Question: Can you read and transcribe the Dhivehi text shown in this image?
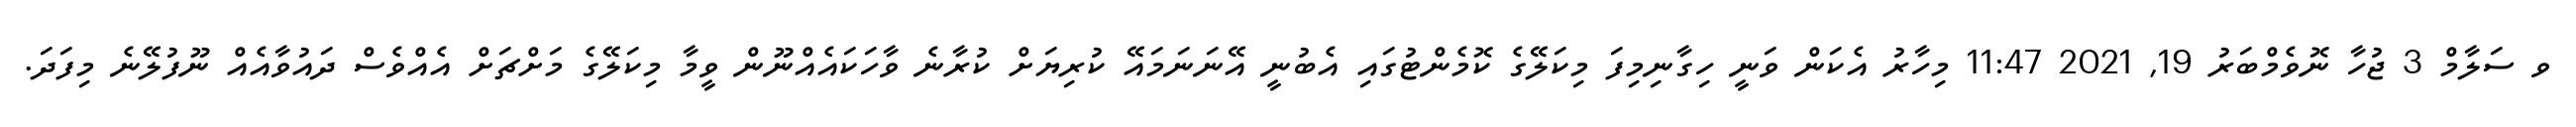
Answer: ވ ސަލާމް 3 ޖުހާ ނޮވެމްބަރު 19, 2021 11:47 މިހާރު އެކަން ވަނީ ހިގާނިމިފަ މިކަލޭގެ ކޮމެންޓުގައި އެބުނީ އޭނަނަމައޭ ކުރިޔަށް ކުރާނެ ވާހަކައެއްނޫން ވީމާ މިކަލޭގެ މަށްޗަށް އެއްވެސް ދައުވާއެއް ނޫފުލޭނެ މިފަދަ.